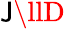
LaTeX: \mathsf{J}\llD